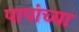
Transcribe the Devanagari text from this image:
पापांच्या